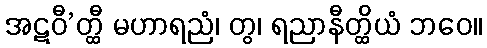
အဋဝီ’တ္ထီ မဟာရညံ၊ တွ၊ ရညာနီတ္ထိယံ ဘဝေ။